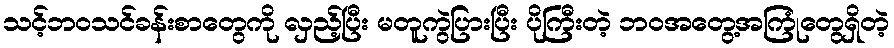
သင့်ဘဝသင်ခန်းစာတွေကို လှည့်ပြီး မတူကွဲပြားပြီး ပိုကြီးတဲ့ ဘဝအတွေ့အကြုံတွေရှိတဲ့